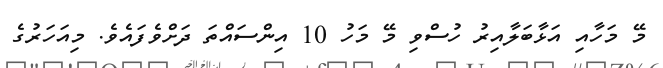
މޭ މަހާއި އަޅާބަލާއިރު ހުސްވި މޭ މަހު 10 އިންސައްތަ ދަށްވެފައެވެ. މިއަހަރުގެ